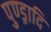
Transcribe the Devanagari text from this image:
पुण्ड्रादि